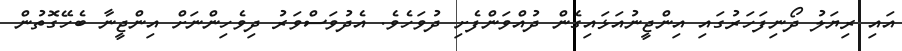
އައި ރިޔަލު ދޯނިފަހަރުގައި އިންޖީނުއަޅައިގެން ދުއްވަންފެށި ދުވަހެވެ. އެދުވަސްވަރު ދިވެހިންނަށް އިންޖީނާ ބެހޭގޮތުން